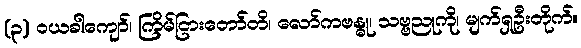
(၃) ဝယခါကျော်၊ ကြိမ်ငြားတော်တိ၊ လော်ကဗန္ဓု၊ သဗ္ဗညုကို၊ မျက်ရှဦးတိုက်။